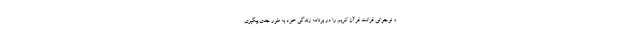
و نوجوانی قرائت قرآن کریم را در برنامه زندگی خود به طور جدی پیگیری